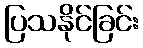
ပြသနိုင်ခြင်း